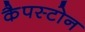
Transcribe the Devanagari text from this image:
कैपस्टोन